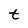
Character: t